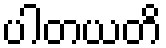
ပါတယတိ